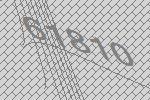
61810